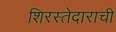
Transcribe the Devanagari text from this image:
शिरस्तेदाराची